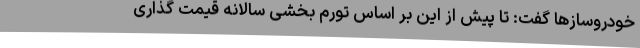
خودروسازها گفت: تا پیش از این بر اساس تورم بخشی سالانه قیمت گذاری